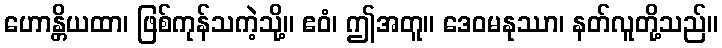
ဟောန္တိယထာ၊ ဖြစ်ကုန်သကဲ့သို့။ ဧဝံ၊ ဤအတူ။ ဒေဝမနုဿာ၊ နတ်လူတို့သည်။